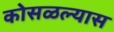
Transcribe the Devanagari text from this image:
कोसळल्यास